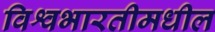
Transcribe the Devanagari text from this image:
विश्वभारतीमधील